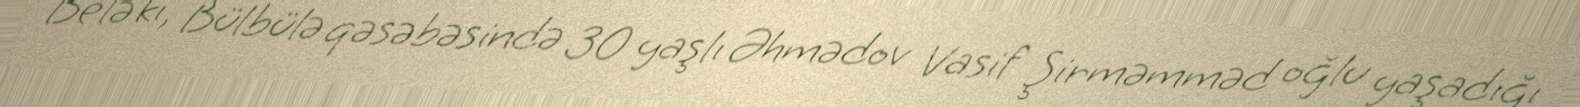
Belə ki, Bülbülə qəsəbəsində 30 yaşlı Əhmədov Vasif Şirməmməd oğlu yaşadığı